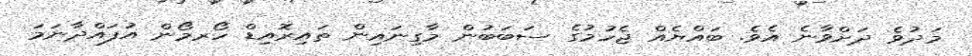
މަދުވެ ދަށްވާނެ އެވެ. ބައްޔެއް ޖެހުމުގެ ސަބަބުން މާގިނައިން ތައިރޮއިޑް ހޯރމޯން އުފައްދާނަމަ